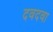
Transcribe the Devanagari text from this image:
दवदवा